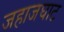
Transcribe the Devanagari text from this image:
जहाजघाट